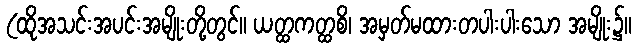
(ထိုအသင်းအပင်းအမျိုးတို့တွင်။ ယတ္ထကတ္ထစိ၊ အမှတ်မထားတပါးပါးသော အမျိုး၌။